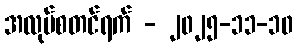
အလုပ်စတင်ရက် - ၂၀၂၅-၁၁-၁၀